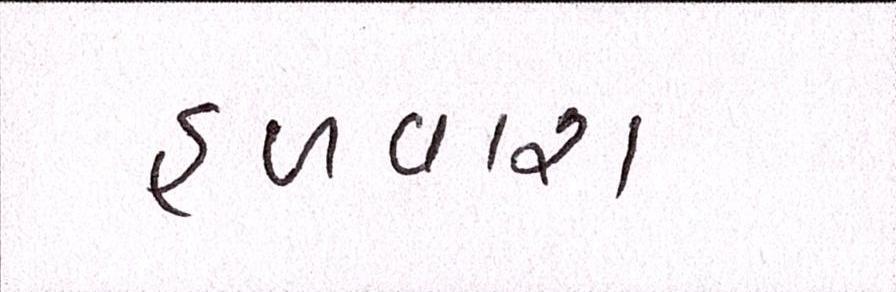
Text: હળવાશ